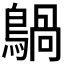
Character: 𪃀